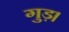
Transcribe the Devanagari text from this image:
गुड़।